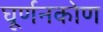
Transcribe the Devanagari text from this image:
घूर्णनकोण